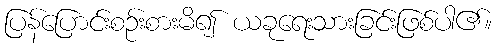
ပြန်ပြောင်းစဉ်းစားမိ၍ ယခုရေးသားခြင်းဖြစ်ပါ၏။